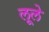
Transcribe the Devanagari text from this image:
लूले